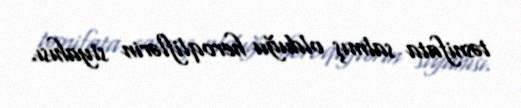
təsnifata salmış olduğu heroqliflərin siyahısı.